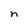
Character: n